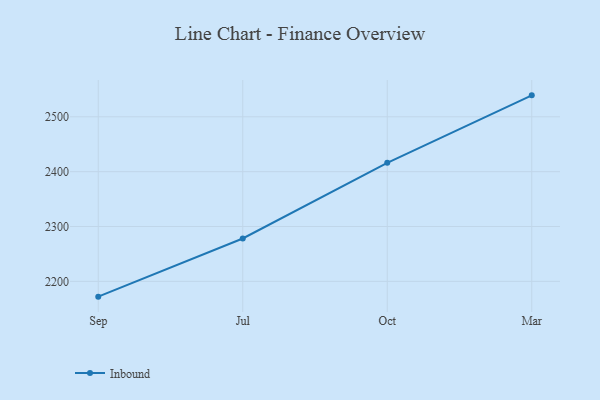
{"axis": {"x": "Month", "y": "Bounce Rate (%)"}, "legend": ["Inbound"], "data": [{"x": "Sep", "y": 2172.1, "type": "Inbound"}, {"x": "Jul", "y": 2278.1, "type": "Inbound"}, {"x": "Oct", "y": 2416.1, "type": "Inbound"}, {"x": "Mar", "y": 2539.1, "type": "Inbound"}]}